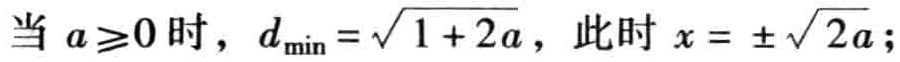
当 \(a\geq0\) 时，\(d_{\min}=\sqrt{1 + 2a}\)，此时 \(x = \pm\sqrt{2a}\)